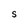
Character: S